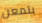
بتمعن